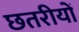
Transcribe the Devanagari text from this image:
छतरीयों